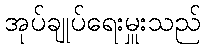
အုပ်ချုပ်ရေးမှူးသည်